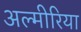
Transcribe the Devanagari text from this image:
अल्मीरिया